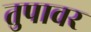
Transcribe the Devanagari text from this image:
तुपावर